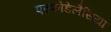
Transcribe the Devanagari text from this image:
एस्फोडेलैसिया